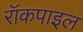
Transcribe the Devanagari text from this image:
रॉकपाइल